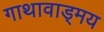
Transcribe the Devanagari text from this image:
गाथावाड्मय